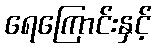
ရေကြောင်းနှင့်